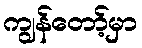
ကျွန်တော့်မှာ